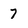
Character: 7